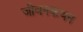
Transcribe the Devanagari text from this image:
जीवनकथन